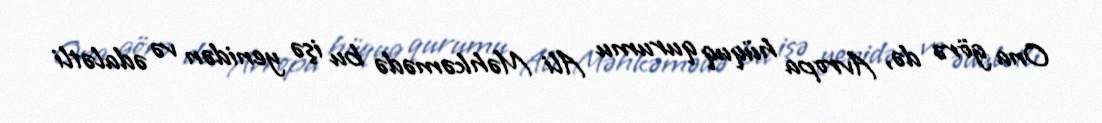
Ona görə də, Avropa hüquq qurumu Ali Məhkəmədə bu işə yenidən və ədalətli